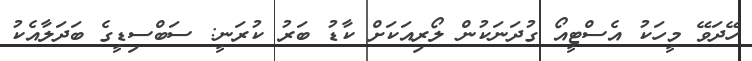
ހޭދަވޭ މީހަކު އެސްޓީއޯ ގުދަނަކުން ލޯރިއަކަށް ކާޑު ބަރު ކުރަނީ: ސަބްސިޑީގެ ބަދަލާއެކު